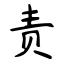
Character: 责